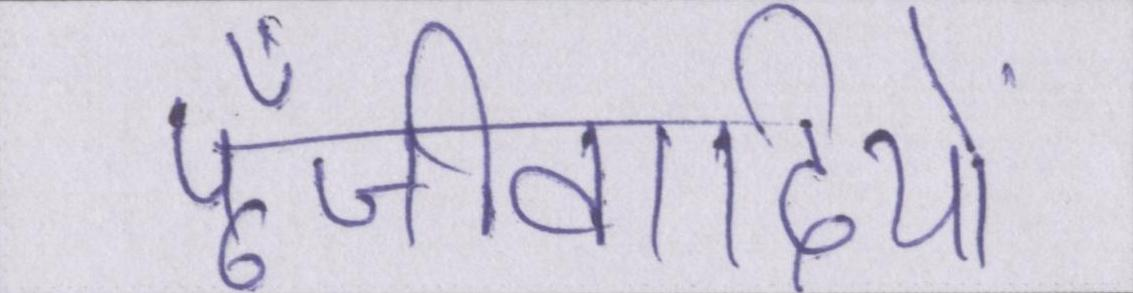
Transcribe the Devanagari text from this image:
पूँजीवादियों